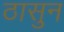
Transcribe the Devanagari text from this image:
ठासुन